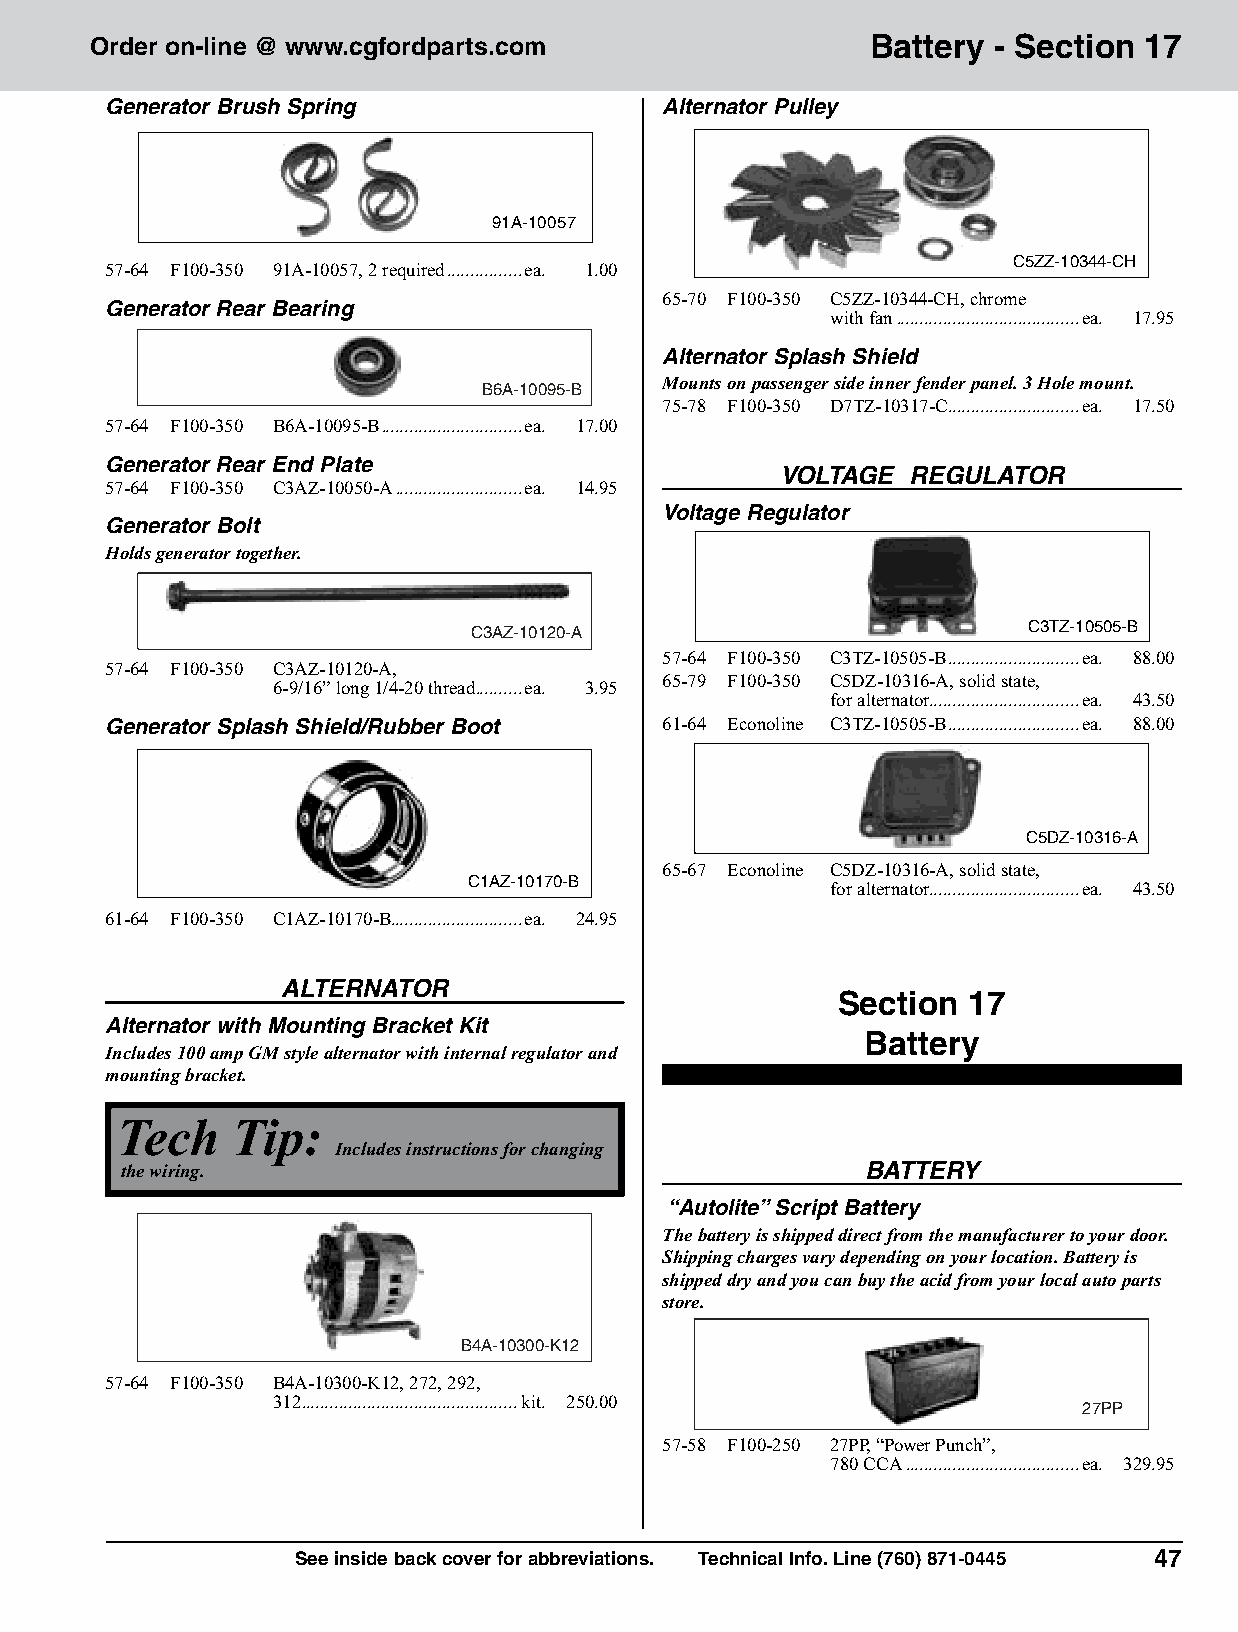
Order on-line @ www.cgfordparts.com                 Battery - Section 17
 Generator Brush Spring               Alternator Pulley
 91A-10057
 C5ZZ-10344-CH
 57-64 F100-350 91A-10057, 2 required ................ea. 1.00
 65-70 F100-350 C5ZZ-10344-CH, chrome
 Generator Rear Bearing
 with fan .......................................ea. 17.95
 Alternator Splash Shield
 Mounts on passenger side inner fender panel. 3 Hole mount.
 B6A-10095-B
 75-78 F100-350 D7TZ-10317-C ............................ea. 17.50
 57-64 F100-350 B6A-10095-B ..............................ea. 17.00
 Generator Rear End Plate
 VOLTAGE REGULATOR
 57-64 F100-350 C3AZ-10050-A ...........................ea. 14.95
 Voltage Regulator
 Generator Bolt
 Holds generator together.
 C3TZ-10505-B
 C3AZ-10120-A
 57-64 F100-350 C3TZ-10505-B ............................ea. 88.00
 57-64 F100-350 C3AZ-10120-A,
 65-79 F100-350 C5DZ-10316-A, solid state,
 6-9/16” long 1/4-20 thread ..........ea. 3.95
 for alternator................................ea. 43.50
 Generator Splash Shield/Rubber Boot  61-64 Econoline C3TZ-10505-B ............................ea. 88.00
 C5DZ-10316-A
 65-67 Econoline C5DZ-10316-A, solid state,
 C1AZ-10170-B
 for alternator................................ea. 43.50
 61-64 F100-350 C1AZ-10170-B............................ea. 24.95
 ALTERNATOR
 Section  17
 Alternator with Mounting Bracket Kit
 Battery
 Includes 100 amp GM style alternator with internal regulator and
 mounting bracket.
 Tech   Tip:
 Includes instructions for changing
 the wiring.                                      BATTERY
 “Autolite” Script Battery
 The battery is shipped direct from the manufacturer to your door.
 Shipping charges vary depending on your location. Battery is
 shipped dry and you can buy the acid from your local auto parts
 store.
 B4A-10300-K12
 57-64 F100-350 B4A-10300-K12, 272, 292,
 312 ..............................................kit. 250.00
 27PP
 57-58 F100-250 27PP, “Power Punch”,
 780 CCA .....................................ea. 329.95
 See inside back cover for abbreviations. Technical Info. Line (760) 871-0445 47